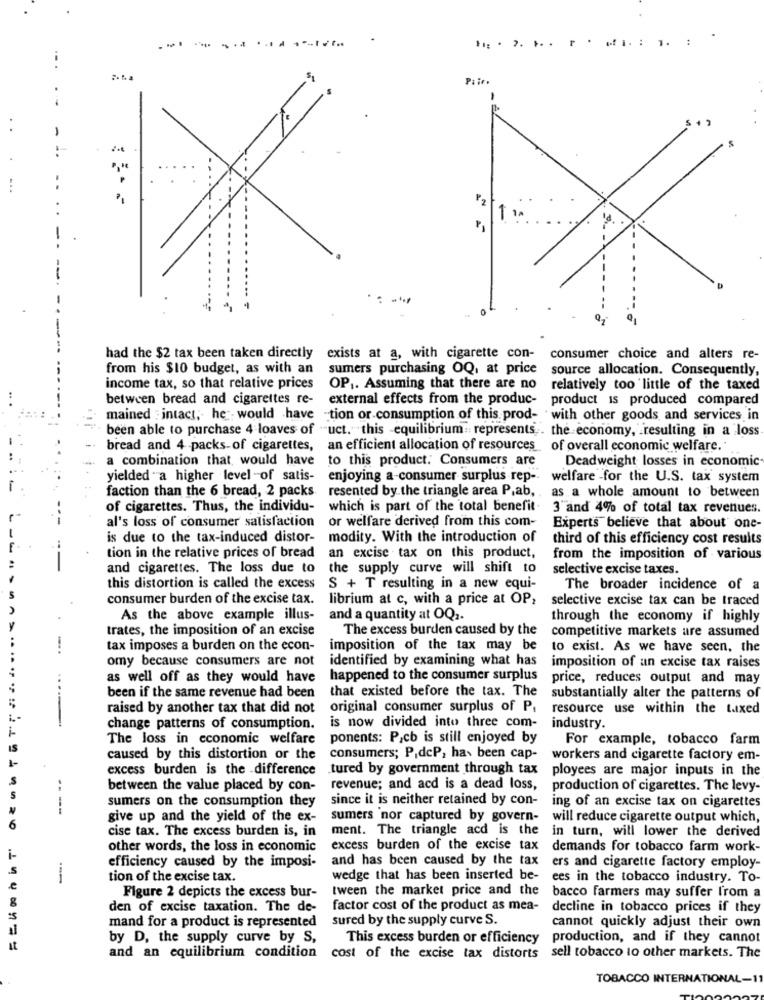
.. ...... .....
1. :
..
Pair
-
..
F2
had the $2 tax been taken directly exists at a, with cigarette con-
consumer choice and alters re-
from his $10 budget, as with an
sumers purchasing OQ, at price
source allocation. Consequently,
income tax, so that relative prices
OP ,. Assuming that there are no
relatively too little of the taxed
between bread and cigarettes re-
external effects from the produc-
product is produced compared
mained : intact; he would have -tion or consumption of this prod- 'with other goods and services in
been able to purchase 4 loaves of "uct. this -equilibrium:represents . the economy, resulting in a loss
bread and 4 packs-of cigarettes,
an efficient allocation of resources of overall economic welfare.
a combination that would have
to this product. Consumers are
Deadweight losses in economic
yielded "a higher level -of satis- enjoying a-consumer surplus rep --
welfare -for the U.S. tax system
faction than the 6 bread, 2 packs resented by the triangle area P.ab,
as a whole amount to between
of cigarettes. Thus, the individu- which is part of the total benefit. 3"and 4% of total tax revenues.
al's loss of consumer satisfaction or welfare derived from this com-
Experts believe that about one-
is due to the tax-induced distor- modity. With the introduction of
third of this efficiency cost results
tion in the relative prices of bread
an excise tax on this product,
from the imposition of various
and cigarettes. The loss due to
the supply curve will shift to
selective excise taxes.
this distortion is called the excess
S + T resulting in a new equi-
The broader incidence of a
consumer burden of the excise tax.
librium at c, with a price at OP,
selective excise tax can be traced
As the above example illus-
and a quantity at OQ2
through the economy if highly
trates, the imposition of an excise
The excess burden caused by the competitive markets are assumed
-
tax imposes a burden on the econ-
imposition of the tax may be
to exist. As we have seen, the
omy because consumers are not
identified by examining what has
imposition of an excise tax raises
as well off as they would have
happened to the consumer surplus
price, reduces output and may
...
been if the same revenue had been
that existed before the tax. The
substantially alter the patterns of
raised by another tax that did not
original consumer surplus of P.
resource use within the taxed
-
change patterns of consumption.
is now divided into three com-
industry.
The loss in economic welfare
ponents: Pcb is still enjoyed by
For example, tobacco farm
IS
1-
caused by this distortion or the
consumers; P,dcP, has been cap-
workers and cigarette factory em-
excess burden is the difference
tured by government through tax
ployees are major inputs in the
S
..
between the value placed by con-
revenue; and acd is a dead loss,
production of cigarettes. The levy-
S
sumers on the consumption they
since it is neither retained by con-
ing of an excise tax on cigarettes
give up and the yield of the ex-
sumers nor captured by govern-
will reduce cigarette output which,
6
cise tax. The excess burden is, in
ment. The triangle acd is the
in turn, will lower the derived
other words, the loss in economic
excess burden of the excise tax demands for tobacco farm work-
i-
efficiency caused by the imposi-
and has been caused by the tax
S
ers and cigarette factory employ-
-
tion of the excise tax.
wedge that has been inserted be-
ees in the tobacco industry. To-
e
Figure 2 depicts the excess bur-
tween the market price and the
bacco farmers may suffer from a
den of excise taxation. The de-
factor cost of the product as mea-
decline in tobacco prices if they
mand for a product is represented
sured by the supply curve S.
cannot quickly adjust their own
by D, the supply curve by S,
This excess burden or efficiency production, and if they cannot
it
and an equilibrium condition cost of the excise tax distorts sell tobacco to other markets. The
TOBACCO INTERNATIONAL-11